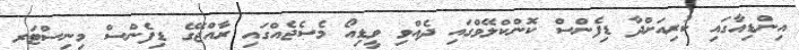
އިންޑިއާގައި ކުރިއަށްދާ ޑިފެންސް ކޮންކްލޭވްގައި ދެއްވި ވީޑިއޯ މެސެޖެއްގައި ރާއްޖޭގެ ޑިފެންސް މިނިސްޓަރ